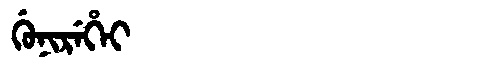
Manchu: ᡤᡠᠨᡳᡵᡝᡥᡝᡳ
Romanization: GUNIREHEI